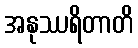
အနုဿရိတာတိ